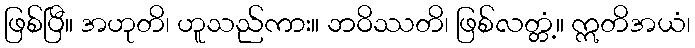
ဖြစ်ပြီ။ အဟုတိ၊ ဟူသည်ကား။ ဘဝိဿတိ၊ ဖြစ်လတ္တံ့။ ဣတိအယံ၊